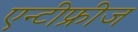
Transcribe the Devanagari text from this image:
एन्टीफ्रीज